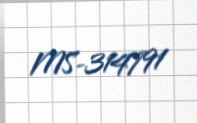
MS-314791